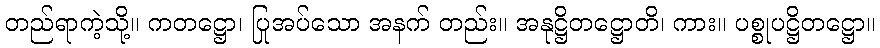
တည်ရာကဲ့သို့။ ကတဋ္ဌော၊ ပြုအပ်သော အနက် တည်း။ အနုဋ္ဌိတဋ္ဌောတိ၊ ကား။ ပစ္စုပဋ္ဌိတဋ္ဌော။